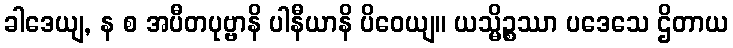
ခါဒေယျ, န စ အပီတပုဗ္ဗာနိ ပါနီယာနိ ပိဝေယျ။ ယသ္မိဉ္စဿာ ပဒေသေ ဌိတာယ